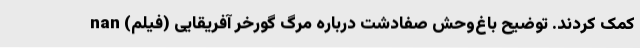
کمک کردند. توضیح باغ‌وحش صفادشت درباره مرگ گورخر آفریقایی (فیلم) nan